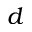
d